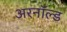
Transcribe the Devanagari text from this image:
अरनॉल्‍ड